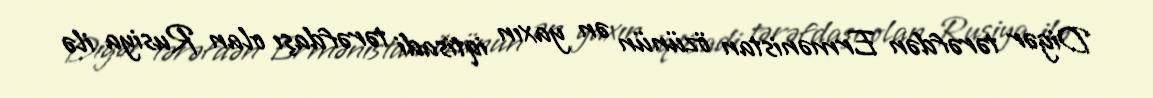
Digər tərəfdən Ermənistan özünün ən yaxın iqtisadi tərəfdaşı olan Rusiya ilə